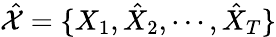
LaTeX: \hat{\mathcal{X}}=\{ X_{1},\hat{X}_{2},\cdots,\hat{X}_{T}\}